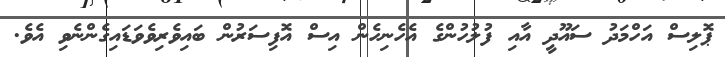
ޕޮލިސް އަހްމަދު ސައޫދީ އާއި ފުލުހުންގެ އެހެނިހެން އިސް އޮފިސަރުން ބައިވެރިވެވަޑައިގެންނެވި އެވެ.